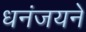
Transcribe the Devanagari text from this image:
धनंजयने